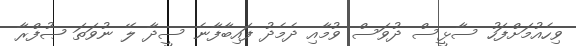
ވިހެއުމަށްފަހު ސާޅީސް ދުވަސް ވުމާއި ދެމެދު ފައިބާފާނެ ސީދާ ލޭ ނުވަތަ ޞުފްރާ